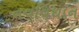
નવવિધાન